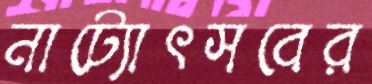
নাট্যোৎসবের